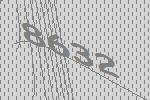
8632